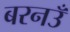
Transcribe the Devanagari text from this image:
बरनउँ